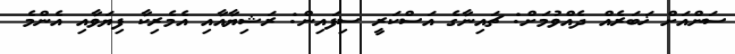
ސަންއަށް ޚަބަރެއް ދެއްވުމަށް: ޗައިނާގެ އަސްކަރީ ސިފައިން: ރަޝިޔާއާއި އެމެރިކާ ފިޔަވާއި އެންމެ